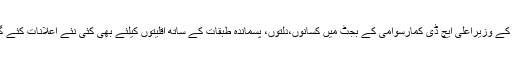
کرناٹک کے وزیراعلی ایچ ڈی کمارسوامی کے بجٹ میں کسانوں،دلتوں، پسماندہ طبقات کے ساتھ اقلیتوں کیلئے بھی کئی نئے اعلانات کئے گئے ہیں۔